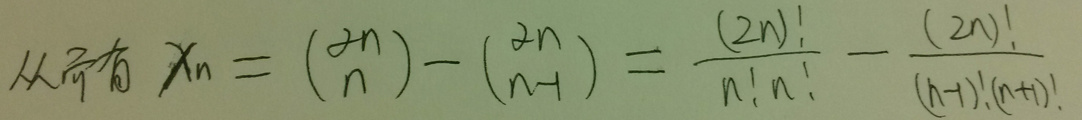
从而有$  \chi_n = \binom{2n}{n}-\binom{2n}{n - 1}=\frac{(2n)!}{n!n!}-\frac{(2n)!}{(n - 1)!(n+1)!}$